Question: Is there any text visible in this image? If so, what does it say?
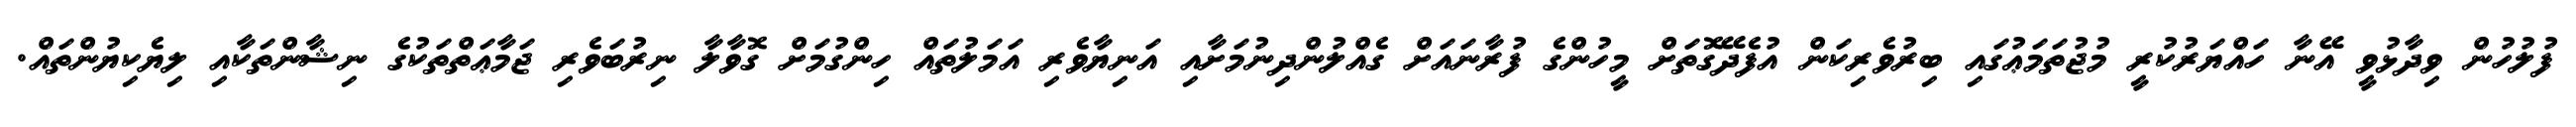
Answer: ފުލުހުން ވިދާޅުވީ އޭނާ ހައްޔަރުކުރީ މުޖުތަމަޢުގައި ބިރުވެރިކަން އުފެދޭގޮތަށް މީހުންގެ ފުރާނައަށް ގެއްލުންދިނުމަށާއި އަނިޔާވެރި އަމަލުތައް ހިންގުމަށް ގޮވާލާ ނިރުބަވެރި ޖަމާޢަތްތަކުގެ ނިޝާންތަކާއި ލިޔެކިޔުންތައް.